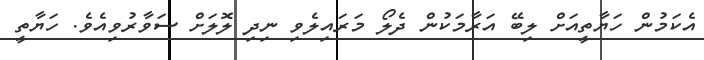
އެކަމުން ހަޔާތީއަށް ލިބޭ އަރާމަކުން ދެލޯ މަރައިލެވި ނިދި ލޮލަށް ސަވާރުވިއެވެ. ހަޔާތީ